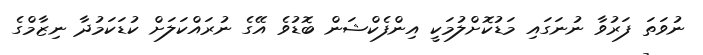
ނުވަތަ ފަރުވާ ނުނަގައި މަޑުކޮށްލުމަކީ އިންފެކްޝަން ބޮޑުވެ އޭގެ ނުރައްކަލަށް ކުޑަކަމުދާ ނިޒާމްގެ